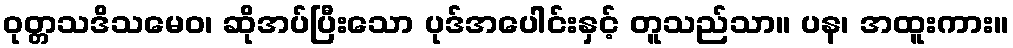
ဝုတ္တသဒိသမေဝ၊ ဆိုအပ်ပြီးသော ပုဒ်အပေါင်းနှင့် တူသည်သာ။ ပန၊ အထူးကား။